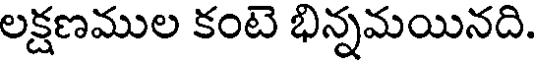
లక్షణముల కంటె భిన్నమయినది.